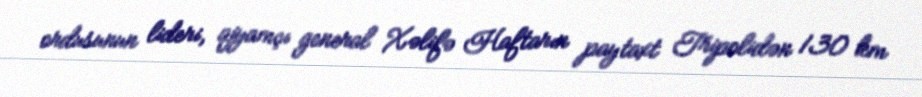
ordusunun lideri, qiyamçı general Xəlifə Haftarın paytaxt Tripolidən 130 km